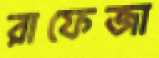
রাফেজা